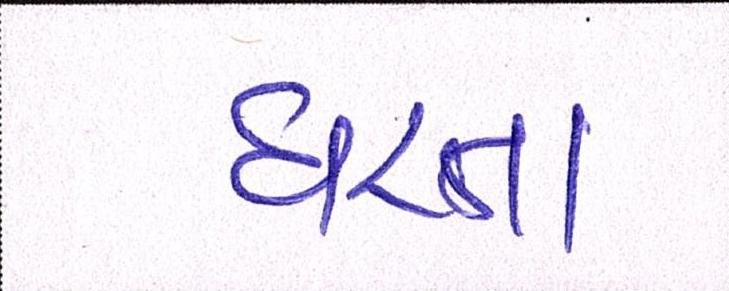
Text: ધરતા